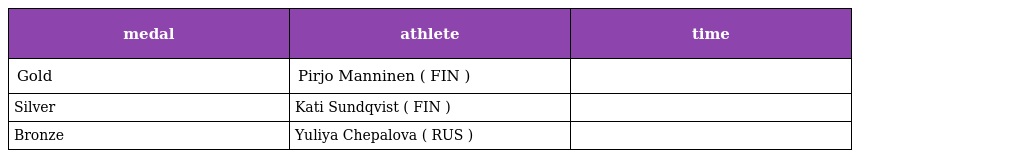
| medal | athlete | time |
 | --- | --- | --- |
 | Gold | Pirjo Manninen ( FIN ) |  |
 | Silver | Kati Sundqvist ( FIN ) |  |
 | Bronze | Yuliya Chepalova ( RUS ) |  |